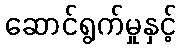
ဆောင်ရွက်မှုနှင့်